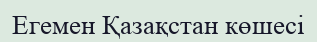
Егемен Қазақстан көшесі